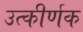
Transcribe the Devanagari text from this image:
उत्कीर्णक